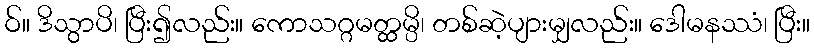
ဝ်။ ဒိသွာပိ၊ ပြီး၍လည်း။ ကောသဂ္ဂမတ္ထမ္ပိ၊ တစ်ဆဲ့ပျားမျှလည်း။ ဒေါမနဿံ၊ ပြီး။